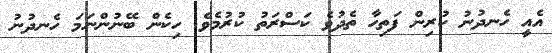
އެއީ ހެނދުނު ކުރިން ފަތިހާ ތެދުވެ ކަސްރަތު ކުރުމެވެ. ހިކެން ބޭނުންނަމަ ހެނދުނު